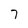
Character: 7